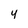
Character: 4